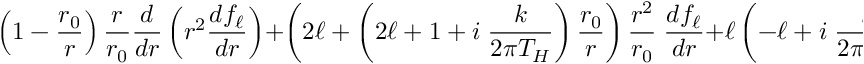
\left( 1 - { \frac { r _ { 0 } } { r } } \right) { \frac { r } { r _ { 0 } } } { \frac { d } { d r } } \left( r ^ { 2 } { \frac { d f _ { \ell } } { d r } } \right) + \left( 2 \ell + \left( 2 \ell + 1 + i \; { \frac { k } { 2 \pi T _ { H } } } \right) { \frac { r _ { 0 } } { r } } \right) { \frac { r ^ { 2 } } { r _ { 0 } } } \; { \frac { d f _ { \ell } } { d r } } + \ell \left( - \ell + i \; { \frac { k } { 2 \pi T _ { H } } } \right) \; f _ { \ell } = 0